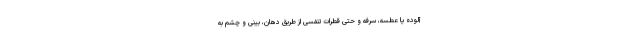
آلوده یا عطسه، سرفه و حتی قطرات تنفسی از طریق دهان، بینی و چشم به